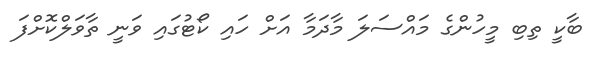
ބާކީ ތިބި މީހުންގެ މައްސަލަ މާދަމާ އަށް ހައި ކޯޓުގައި ވަނީ ތާވަލްކޮށްފަ